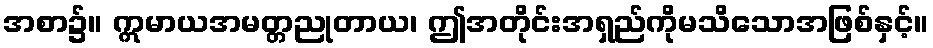
အစာ၌။ ဣမာယအမတ္တညုတာယ၊ ဤအတိုင်းအရှည်ကိုမသိသောအဖြစ်နှင့်။